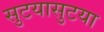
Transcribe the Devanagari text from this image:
सुटयासुटया